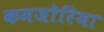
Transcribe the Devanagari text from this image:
कमजोरिया